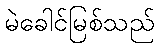
မဲခေါင်မြစ်သည်